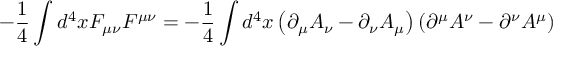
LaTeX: - { \frac { 1 } { 4 } } \int d ^ { 4 } x F _ { \mu \nu } F ^ { \mu \nu } = - { \frac { 1 } { 4 } } \int d ^ { 4 } x \left( \partial _ { \mu } A _ { \nu } - \partial _ { \nu } A _ { \mu } \right) \left( \partial ^ { \mu } A ^ { \nu } - \partial ^ { \nu } A ^ { \mu } \right)